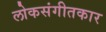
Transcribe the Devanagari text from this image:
लोकसंगीतकार